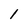
Character: 1